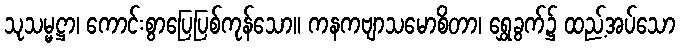
သုသမ္မဋ္ဌာ၊ ကောင်းစွာပြေပြစ်ကုန်သော။ ကနကဗျာသမောစိတာ၊ ရွှေခွက်၌ ထည့်အပ်သော